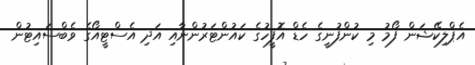
އެޕްލިކޭޝަން ފޯމު މި ކުންފުނީގެ ހެޑް އޮފީހުގެ ކައުންޓަރުންނާއި އަދި އެސްޓީއޯގެ ވެބްސައިޓުން